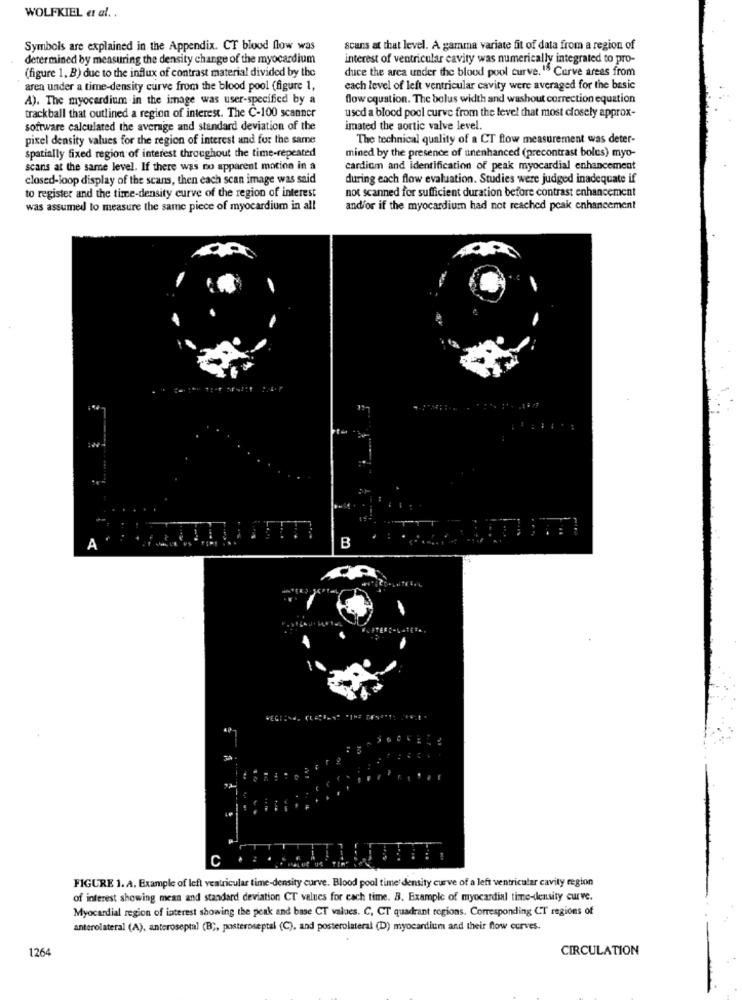
WOLFKIEL et al. .
Symbols are explained in the Appendix. CT blood flow was
scans at that level. A gamma variate fit of data from a region of
determined by measuring the density change of the myocardium
interest of ventricular cavity was numerically integrated to pro-
(figure 1. B) due to the influx of contrast material divided by the
duce the area under the blood pool curve." Curve areas from
aren under a time-density curve from the blood pool (figure 1,
each level of left ventricular cavity were averaged for the basic
A). The myocardium in the image was user-specified by a
flow equation. The bolus width and washout correction equation
trackball that outlined a region of interest. The C-100 scanner
used a blood pool curve from the level that most closely approx-
software calculated the average and standard deviation of the
imated the aortic valve level.
pixel density values for the region of interest and for the same
The technical quality of a CT flow measurement was deter-
spatially fixed region of interest throughout the time-repeated
mined by the presence of unenhanced (precontrast boles) myo-
scans at the same level. If there was no apparent motion in a
cardium and identification of peak myocardial enhancement
closed-loop display of the scans, then each scan image was said
during each flow evaluation. Studies were judged inadequate if
to register and the time-density curve of the region of interest
not scanned for sufficient duration before contrast enhancement
was assumed to measure the same piece of myocardium in all
and/or if the myocardium had not reached peak enhancement
A
B
C
FIGURE 1. A. Example of left ventricular time-density curve. Blood pool time: density curve of a left ventricular cavity region
of interest showing mean and standard deviation CT values for each time. B. Example of myocardial time-density curve.
Myocardial region of interest showing the peak and base CT values. C, CT quadrant regions. Corresponding CT regions of
anterolateral (A). anteroseptal (B ;, posteroseptal (C), and posterolateral (D) myocardium and their flow curves.
1264
CIRCULATION